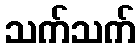
သက်သက်